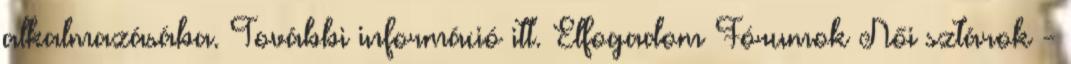
alkalmazásába. További információ itt. Elfogadom Fórumok Női sztárok -